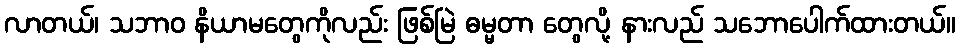
လာတယ်၊ သဘာဝ နိယာမတွေကိုလည်း ဖြစ်မြဲ ဓမ္မတာ တွေလို့ နားလည် သဘောပေါက်ထားတယ်။